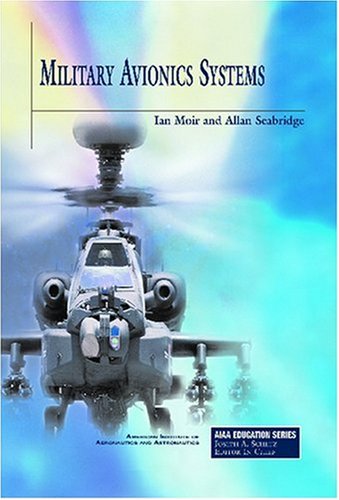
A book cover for Military Avionics Systems (AIAA Education); Ian Moir; Engineering & Transportation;